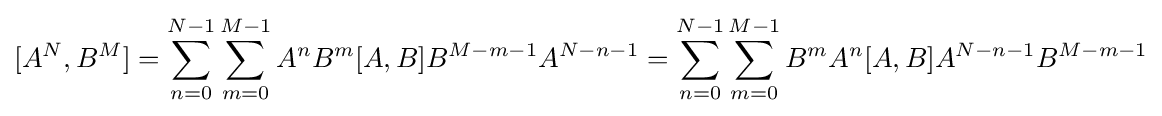
[A^{N},B^{M}]=\sum _{n=0}^{N-1}\sum _{m=0}^{M-1}A^{n}B^{m}[A,B]B^{M-m-1}A^{N-n-1}=\sum _{n=0}^{N-1}\sum _{m=0}^{M-1}B^{m}A^{n}[A,B]A^{N-n-1}B^{M-m-1}